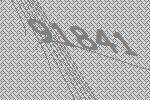
91841